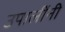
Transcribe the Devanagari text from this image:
उपालींनी